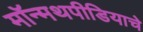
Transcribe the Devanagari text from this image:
मॉन्मथपीडियाचे